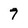
Character: 7